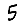
Digit: 5